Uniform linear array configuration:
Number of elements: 4
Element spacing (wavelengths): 0.25
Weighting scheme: uniform
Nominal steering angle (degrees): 60
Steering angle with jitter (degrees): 59.948
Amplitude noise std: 0.05
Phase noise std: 0.05

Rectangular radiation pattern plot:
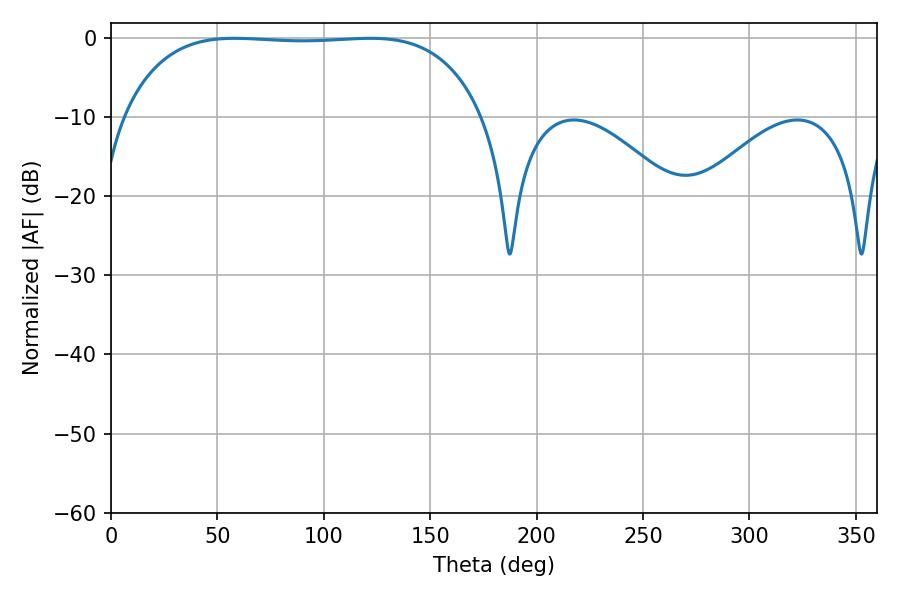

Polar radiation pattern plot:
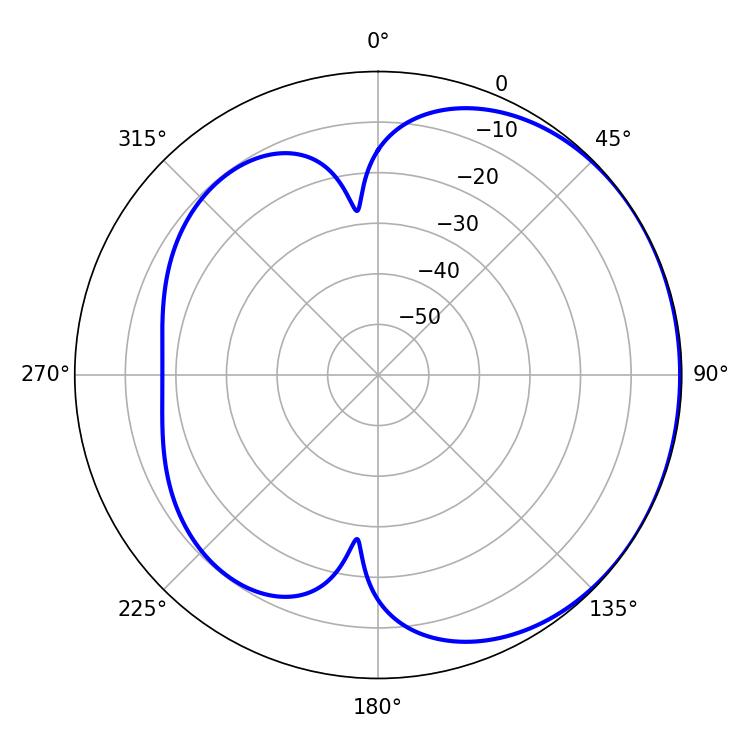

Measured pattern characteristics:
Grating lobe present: FALSE
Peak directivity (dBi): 0.854
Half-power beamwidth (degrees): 132.84
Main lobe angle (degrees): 58.14